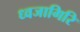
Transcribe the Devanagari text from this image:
ध्वजागिरि